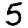
Digit: 5